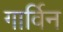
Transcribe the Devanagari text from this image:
गार्विन